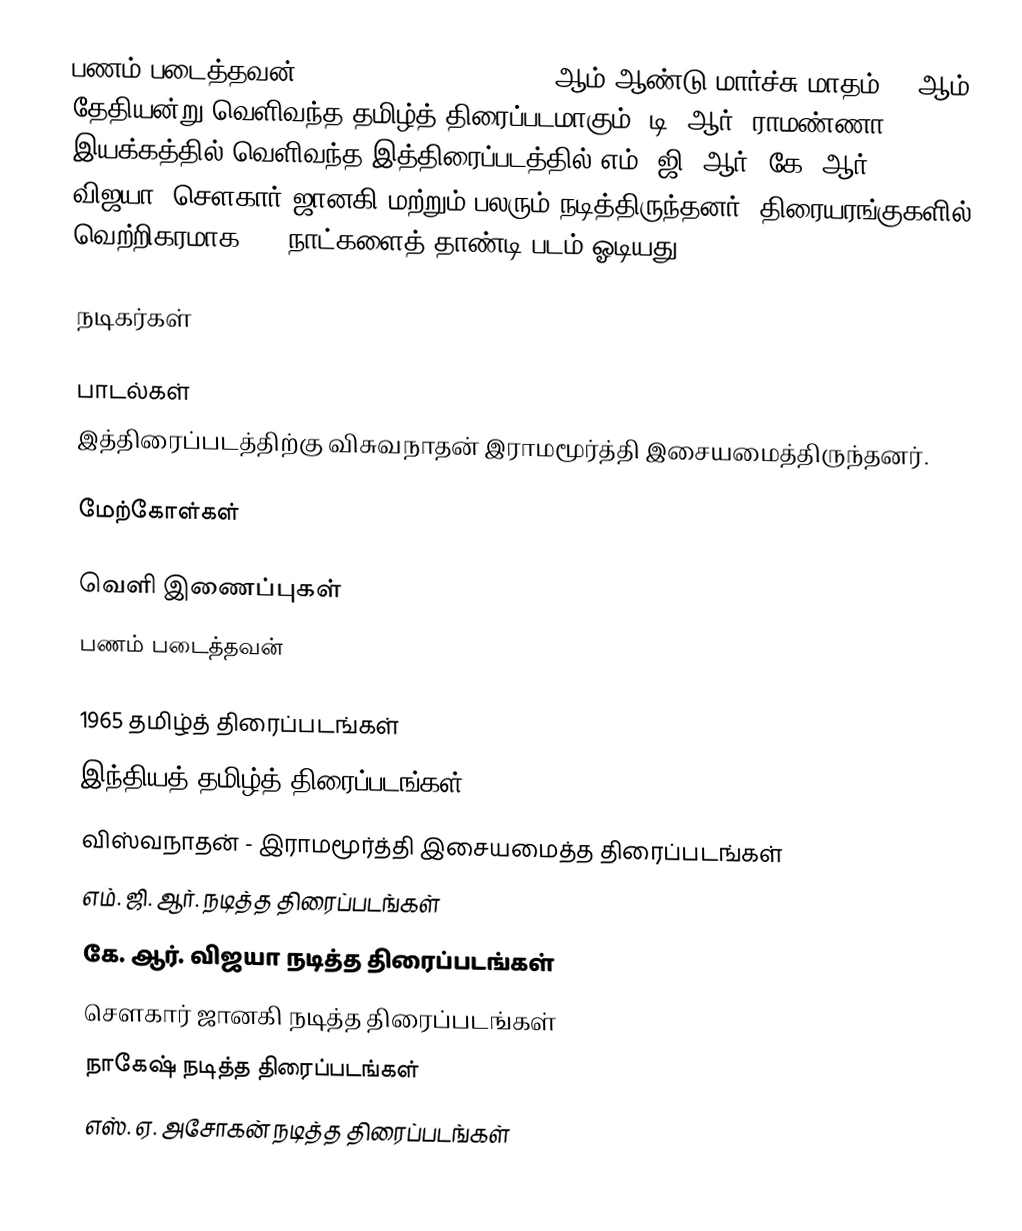
பணம் படைத்தவன் (Panam Padaithavan) 1965 ஆம் ஆண்டு மார்ச்சு மாதம் 27 ஆம் தேதியன்று வெளிவந்த தமிழ்த் திரைப்படமாகும். டி. ஆர். ராமண்ணா இயக்கத்தில் வெளிவந்த இத்திரைப்படத்தில் எம். ஜி. ஆர், கே. ஆர். விஜயா, சௌகார் ஜானகி மற்றும் பலரும் நடித்திருந்தனர். திரையரங்குகளில் வெற்றிகரமாக 100 நாட்களைத் தாண்டி படம் ஓடியது.

நடிகர்கள்

பாடல்கள்
இத்திரைப்படத்திற்கு விசுவநாதன் இராமமூர்த்தி இசையமைத்திருந்தனர்.

மேற்கோள்கள்

வெளி இணைப்புகள்
 பணம் படைத்தவன்

1965 தமிழ்த் திரைப்படங்கள்
இந்தியத் தமிழ்த் திரைப்படங்கள்
விஸ்வநாதன் - இராமமூர்த்தி இசையமைத்த திரைப்படங்கள்
எம். ஜி. ஆர். நடித்த திரைப்படங்கள்
கே. ஆர். விஜயா நடித்த திரைப்படங்கள்
சௌகார் ஜானகி நடித்த திரைப்படங்கள்
நாகேஷ் நடித்த திரைப்படங்கள்
எஸ். ஏ. அசோகன் நடித்த திரைப்படங்கள்